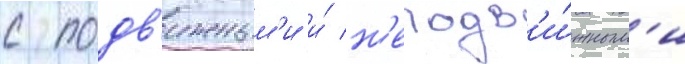
с подв'ижным'и и́ н'еподв'и́жным'и